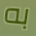
به